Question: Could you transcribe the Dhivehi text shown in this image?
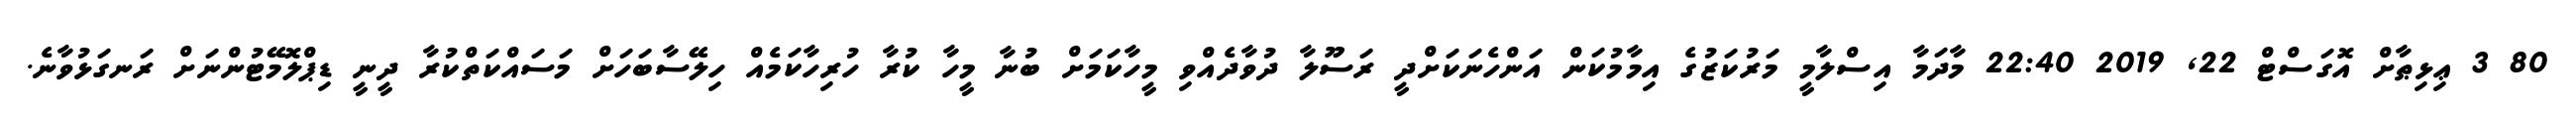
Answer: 80 3 ޢިޅިޠާށް އޮގަސްޓް 22, 2019 22:40 މާދަމާ އިސްލާމީ މަރުކަޒުގެ އިމާމުކަން އަންހެނަކަށްދީ ރަސޫލާ ދުވާދެއްވި މީހާކަމަށް ބުނާ މީހާ ކުރާ ހުރިހާކަމެއް ހިލޭސާބަހަށް މަސައްކަތްކުރާ ދީނީ ޑިޕްލޮމޭޓުންނަށް ރަނގަޅުވާނެ.